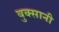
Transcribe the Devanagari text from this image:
बुक्सानी